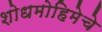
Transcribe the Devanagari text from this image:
शोधमोहिमेचे